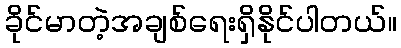
ခိုင်မာတဲ့အချစ်ရေးရှိနိုင်ပါတယ်။